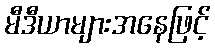
မီဒီယာများအနေဖြင့်